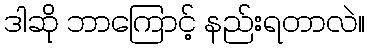
ဒါဆို ဘာကြောင့် နည်းရတာလဲ။